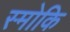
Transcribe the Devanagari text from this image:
स्मोकि